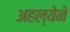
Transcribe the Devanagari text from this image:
अहल्येने